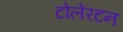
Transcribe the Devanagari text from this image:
टोलेरटन